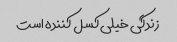
زندگی خیلی کسل کننده است